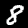
Label: 8